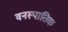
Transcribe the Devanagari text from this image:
वनस्पातिक